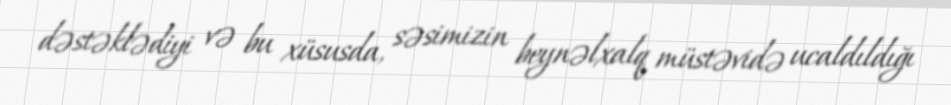
dəstəklədiyi və bu xüsusda, səsimizin beynəlxalq müstəvidə ucaldıldığı